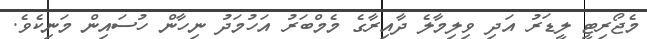
މެޖޯރިޓީ ލީޑަރު އަދި ވިލިމާލެ ދާއިރާގެ މެމްބަރު އަހުމަދު ނިހާން ހުސައިން މަނިކެވެ.